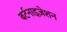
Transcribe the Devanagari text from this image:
बर्टनाइज़ेशन